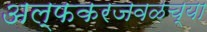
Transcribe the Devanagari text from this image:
अल्फकरजवळच्या